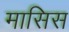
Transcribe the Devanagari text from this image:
मासिस